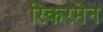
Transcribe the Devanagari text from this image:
रिकरमेन